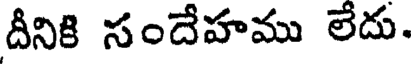
దీనికి సందేహము లేదు.